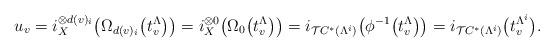
LaTeX: \begin{align*}u_v=i_X^{\otimes d(v)_i}\big(\Omega_{d(v)_i}\big(t_v^\Lambda\big)\big)=i_X^{\otimes 0}\big(\Omega_0\big(t_v^\Lambda\big)\big)=i_{\mathcal{T}C^*(\Lambda^i)}\big(\phi^{-1}\big(t_v^\Lambda\big)\big)=i_{\mathcal{T}C^*(\Lambda^i)}\big(t_v^{\Lambda^i}\big).\end{align*}